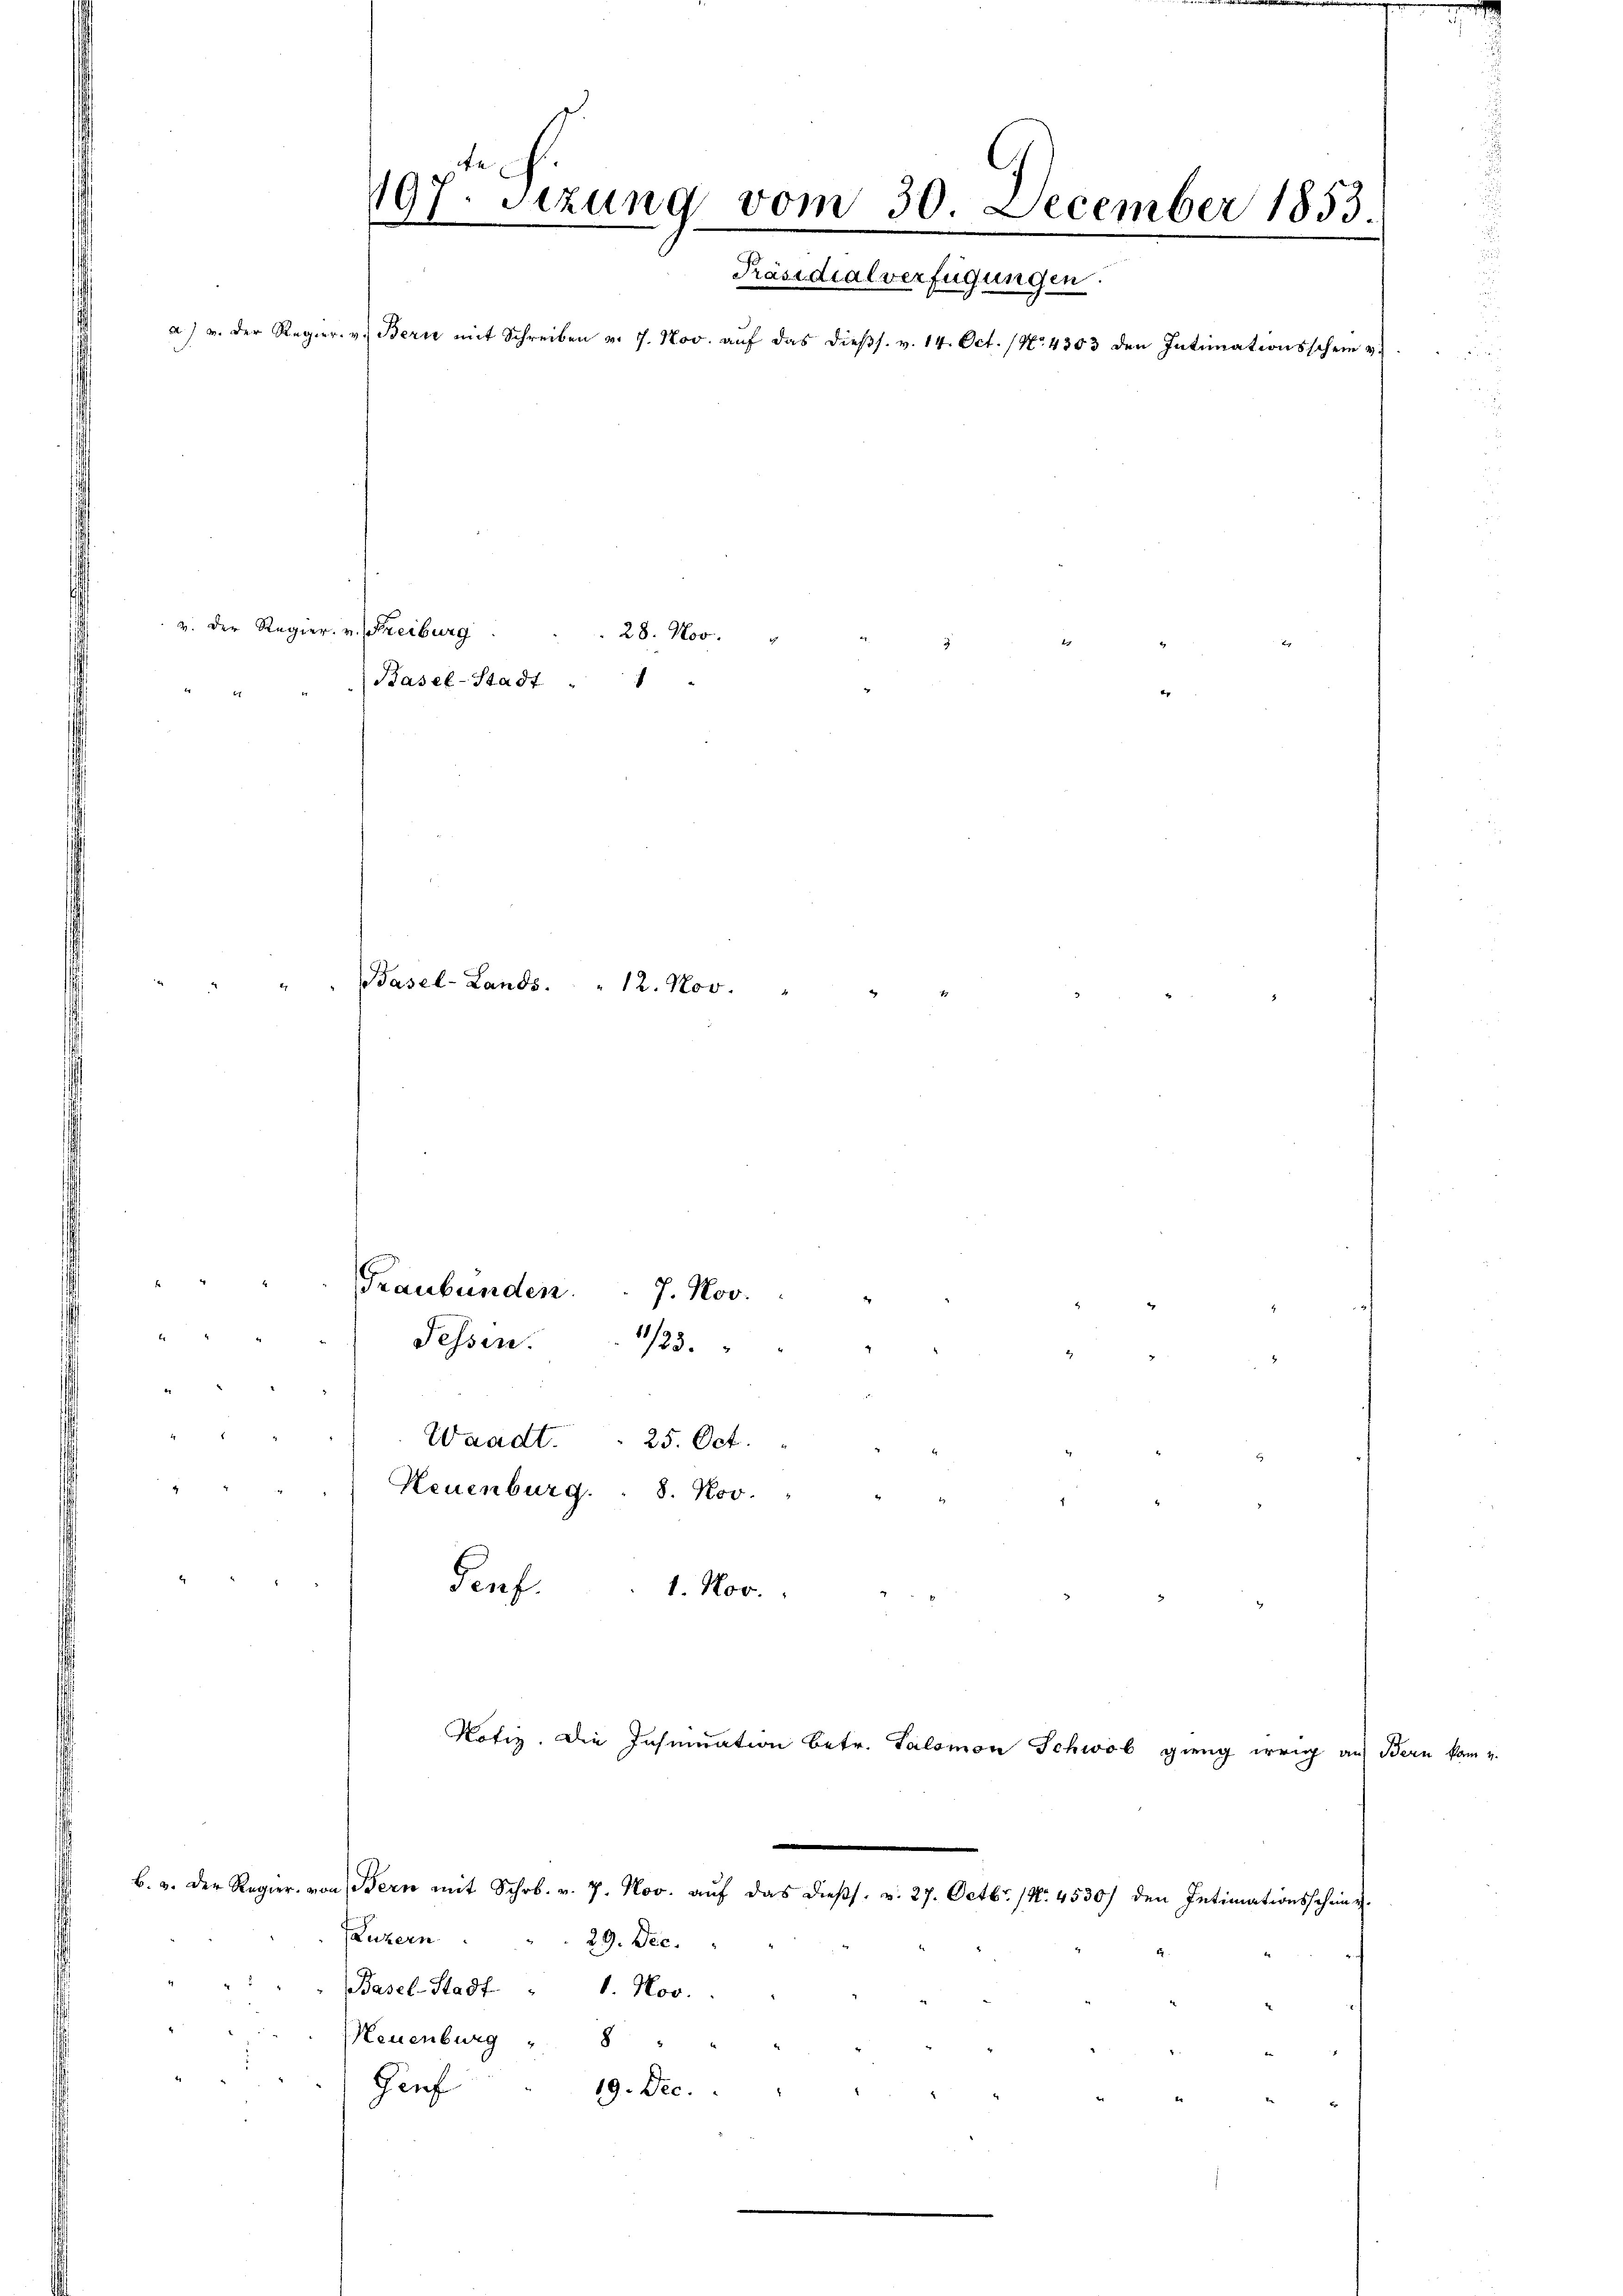
Graubünden.  ..  7. Nov.
Fessen. 123.
Waadt. . 25. Oct.
Neuenburg. 8. Nov.
Penf.
1. Nov.

407. Sizung vom 30. December 1853
8
Präsidialverfügungen.
a) u. der Regier. v. Bern mit Schreiben v. 7. Nov. aŭf das dieβs. v. 14. Oct. (No. 4303 den Intimationsschein u.

Basel-Stadt

v. der Regier- u. Freiburg

Basel-Lands. " 12. Nov.

b. v. der Regier. von Bern mit Schob. v. 7. Nov. aŭf das dieβs. v. 27. Octbr. 1. 4530/ den Intimationsscheine

1

28. Nov.

Luzern
29. Dec.
Basel-Stadt " 1. Nov.
Neuenburg " 8
Gief
19. Dec.

Notiz. Die Insinuation betr. Salomon Schwab ging weig auf Bern kam 4.